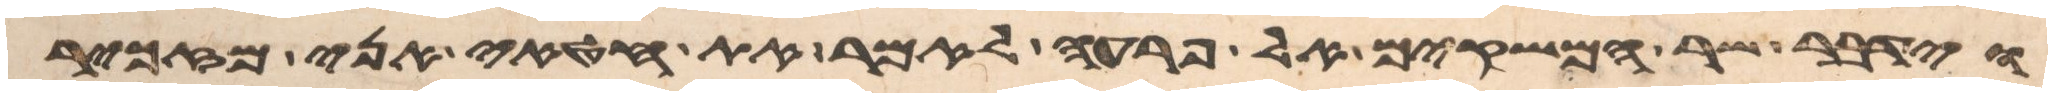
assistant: וידבר שר המשקים אל פרעה לאמר את חטאי אני מזכיר